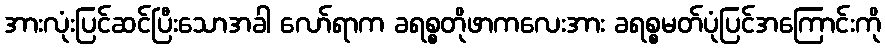
အားလုံးပြင်ဆင်ပြီးသောအခါ လော်ရာက ခရစ္စတိုဖာကလေးအား ခရစ္စမတ်ပုံပြင်အကြောင်းကို